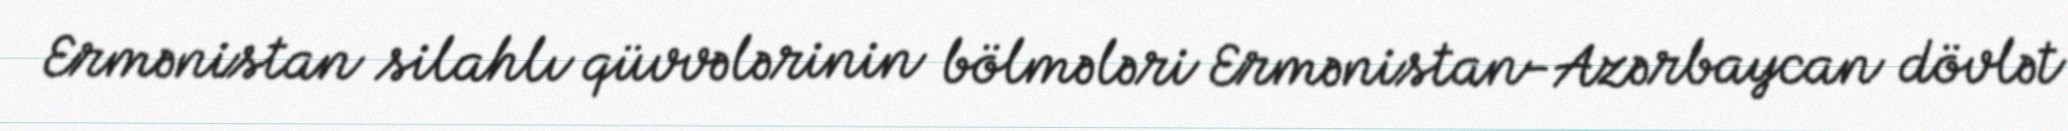
Ermənistan silahlı qüvvələrinin bölmələri Ermənistan-Azərbaycan dövlət